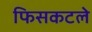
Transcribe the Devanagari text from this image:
फिसकटले